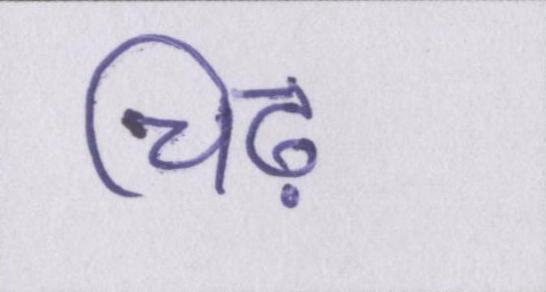
चिढ़